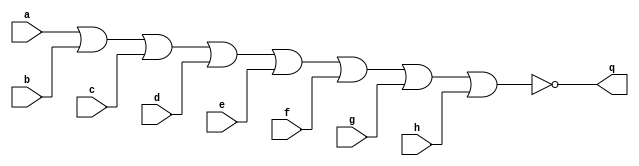
`timescale 1ns / 1ps
//////////////////////////////////////////////////////////////////////////////////
// Company: 
// Engineer: 
// 
// Design Name: 
// Module Name: andgate
// Project Name: 
// Target Devices: 
// Tool Versions: 
// Description: 
// 
// Dependencies: 
// 
// Revision:
// Revision 0.01 - File Created
// Additional Comments:
// 
//////////////////////////////////////////////////////////////////////////////////


module norgate#(parameter Port_Num= 2,
                parameter WIDTH=8)(
    input [(WIDTH-1):0]a,
    input [(WIDTH-1):0]b,
    input [(WIDTH-1):0]c,
    input [(WIDTH-1):0]d,
    input [(WIDTH-1):0]e,
    input [(WIDTH-1):0]f,
    input [(WIDTH-1):0]g,
    input [(WIDTH-1):0]h,
    output [(WIDTH-1):0]q
    );
    assign q=~(a|b|c|d|e|f|g|h);
endmodule